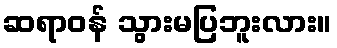
ဆရာဝန် သွားမပြဘူးလား။